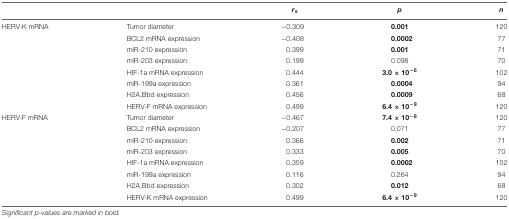
<table><thead><tr><td></td><td></td><td><b><i>r</i><sub>s</sub></b></td><td><b><i>p</i></b></td><td><b><i>n</i></b></td></tr></thead><tbody><tr><td>HERV-K mRNA</td><td>Tumor diameter</td><td>-0.309</td><td><b>0.001</b></td><td>120</td></tr><tr><td></td><td>BCL2 mRNA expression</td><td>-0.408</td><td><b>0.0002</b></td><td>77</td></tr><tr><td></td><td>miR-210 expression</td><td>0.399</td><td><b>0.001</b></td><td>71</td></tr><tr><td></td><td>miR-203 expression</td><td>0.199</td><td>0.098</td><td>70</td></tr><tr><td></td><td>HIF-1a mRNA expression</td><td>0.444</td><td><b>3.0 × 10<sup>-6</sup></b></td><td>102</td></tr><tr><td></td><td>miR-199a expression</td><td>0.361</td><td><b>0.0004</b></td><td>94</td></tr><tr><td></td><td>H2A.Bbd expression</td><td>0.456</td><td><b>0.0009</b></td><td>68</td></tr><tr><td></td><td>HERV-F mRNA expression</td><td>0.499</td><td><b>6.4 × 10<sup>-9</sup></b></td><td>120</td></tr><tr><td>HERV-F mRNA</td><td>Tumor diameter</td><td>-0.467</td><td><b>7.4 × 10<sup>-8</sup></b></td><td>120</td></tr><tr><td></td><td>BCL2 mRNA expression</td><td>-0.207</td><td>0.071</td><td>77</td></tr><tr><td></td><td>miR-210 expression</td><td>0.366</td><td><b>0.002</b></td><td>71</td></tr><tr><td></td><td>miR-203 expression</td><td>0.333</td><td><b>0.005</b></td><td>70</td></tr><tr><td></td><td>HIF-1a mRNA expression</td><td>0.359</td><td><b>0.0002</b></td><td>102</td></tr><tr><td></td><td>miR-199a expression</td><td>0.116</td><td>0.264</td><td>94</td></tr><tr><td></td><td>H2A.Bbd expression</td><td>0.302</td><td><b>0.012</b></td><td>68</td></tr><tr><td></td><td>HERV-K mRNA expression</td><td>0.499</td><td><b>6.4 × 10<sup>-9</sup></b></td><td>120</td></tr></tbody></table>